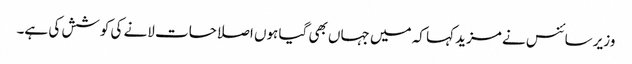
وزیر سائنس نے مزید کہا کہ میں جہاں بھی گیا ہوں اصلاحات لانے کی کوشش کی ہے۔